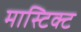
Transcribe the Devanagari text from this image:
मास्टिक्ट